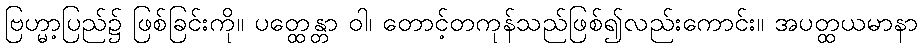
ဗြဟ္မာ့ပြည်၌ ဖြစ်ခြင်းကို။ ပတ္ထေန္တာ ဝါ၊ တောင့်တကုန်သည်ဖြစ်၍လည်းကောင်း။ အပတ္ထယမာနာ